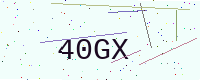
Text: 40GX